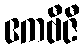
ဧကဗီဇီ